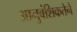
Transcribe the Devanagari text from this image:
आनुवंशिकतेने